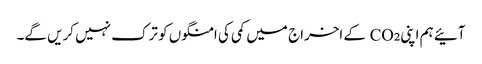
آئیے ہم اپنی CO₂ کے اخراج میں کمی کی امنگوں کو ترک نہیں کریں گے۔